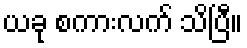
ယခု စကားလက် သိပြီ။